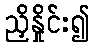
ညှိနှိုင်း၍